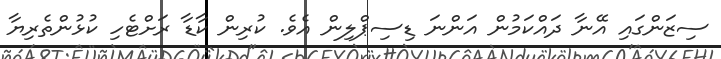
ސިޒަންގައި އޭނާ ދައްކަމުން އަންނަ ޑިސިޕްލިން އެވެ. ކުރިން ކާޑާ ރަށްޓެހި ކުޅުންތެރިޔާ